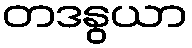
တဒနွယာ